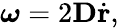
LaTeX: \boldsymbol{\omega}=2\mathbf{D}\dot{\mathbf{r}},